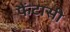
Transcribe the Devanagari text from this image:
फैंटासी